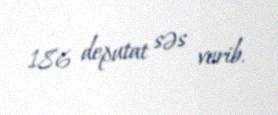
186 deputat səs verib.